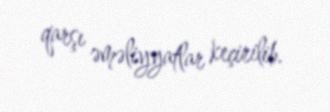
qarşı əməliyyatlar keçirilib.